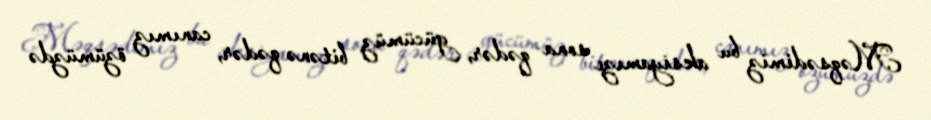
Məqsədimiz bu aksiyamızı sona qədər, gücümüz bitənə qədər, canımız özümüzdə